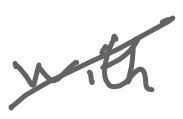
Text: with
Cross-out: diagonal
Writing tool: digital_gray